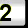
Digit: 2